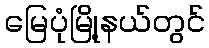
မြေပုံမြို့နယ်တွင်